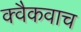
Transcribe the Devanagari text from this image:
क्वैकवाच